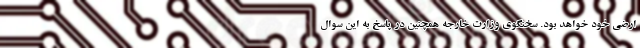
ارضی خود خواهد بود. سخنگوی وزارت خارجه همچنین در پاسخ به این سوال